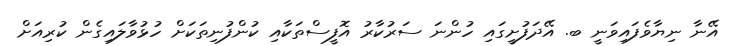
އޭނާ ނިޔާވެފައިވަނީ ބ. އޭދަފުށީގައި ހުންނަ ސަރުކާރު އޮފީސްތަކާއި ކުންފުނިތަކަށް ހުޅުވާލައިގެން ކުރިއަށް